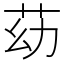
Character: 苭